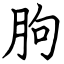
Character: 朐